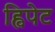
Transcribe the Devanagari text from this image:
ह्विपेट